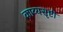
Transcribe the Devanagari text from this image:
काव्यसृष्टी